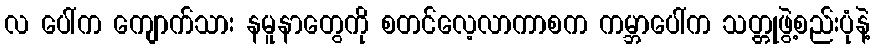
လ ပေါ်က ကျောက်သား နမူနာတွေကို စတင်လေ့လာကာစက ကမ္ဘာပေါ်က သတ္တုဖွဲ့စည်းပုံနဲ့